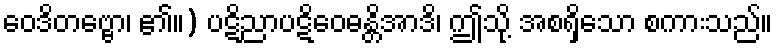
ဝေဒိတဗ္ဗော၊ ၏။) ပဋိညာပဋိဝေဓန္တိအာဒိ၊ ဤသို့ အစရှိသော စကားသည်။